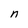
Character: n